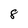
Character: 8